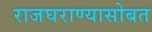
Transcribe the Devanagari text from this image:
राजघराण्यासोबत